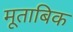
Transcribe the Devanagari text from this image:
मूताबिक